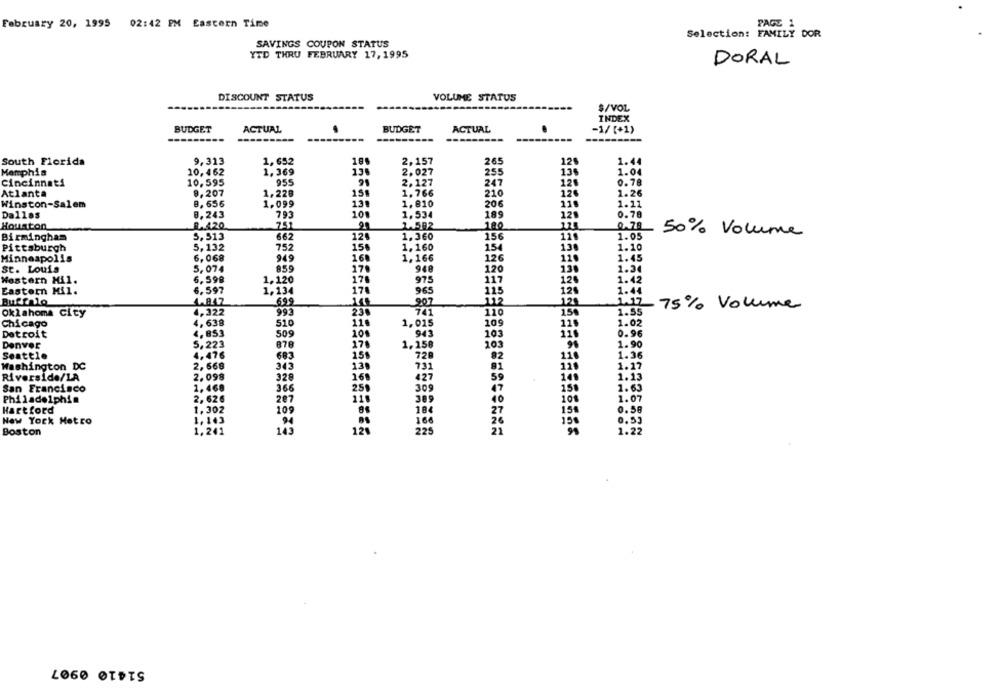
February 20, 1995 02:42 PM Eastern Time
PAGE 1
Selection: FAMILY DOR
SAVINGS COUPON STATUS
YTD THRU FEBRUARY 17, 1995
DORAL
DISCOUNT STATUS
VOLUME STATUS
$/VOL
INDEX
BUDGET
ACTUAL
BUDGET
ACTUAL
-1/[+1)
-------
---------
9,313
2,157
265
124
1.44
South Florida
1,652
Memphis
10,462
1,369
136
2.027
255
136
1.04
955
2,127
247
128
cincinnati
10.595
0.78
Atlanta
9,207
1.228
15.
1,766
210
126
1.26
Winston-Salem
8,656
1.099
13.
1.810
20.6
11.
1.11
Dallas
8,243
793
100
1.534
189
121
0.79
Houston
R.420
75
2. 592
180
0.78
5,513
662
124
1,360
156
1.05
50% Volume
Birmingham
Pittsburgh
5,132
752
15%
1.160
154
1.10
6,068
949
168
1. 166
126
1.45
Minneapolis
St. Louis
5,074
859
170
948
120
130
1.34
17.
975
Western Hil.
6,598
1.120
117
126
1.42
Eastern Mil.
6.597
1,134
174
965
1.44
115
120
Buffalo
1.847
69.9
907
112
1.12 75% Volume
4,322
992
230
741
110
1.55
Oklahoma city
150
Chicago
4,638
510
11.
1,015
109
115
1.02
4,853
101
943
0.96
Detroit
509
103
Denver
5,223
878
170
1.158
10.
1.90
82
1.36
Seattle
4,476
683
151
728
110
Washington DC
345
13
731
91
1.17
59
Riverside/LA
2.098
328
160
427
141
1.13
San Francisco
1,468
366
259
309
150
1.63
Philadelphia
2,62
207
389
40
101
1.07
1,302
109
184
0.58
Hartford
27
154
New York Hetro
1,145
166
26
150
0.53
143
Boston
1,24
12%
225
21
1.22
LO60 OTDTS